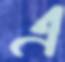
এ